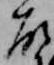
故